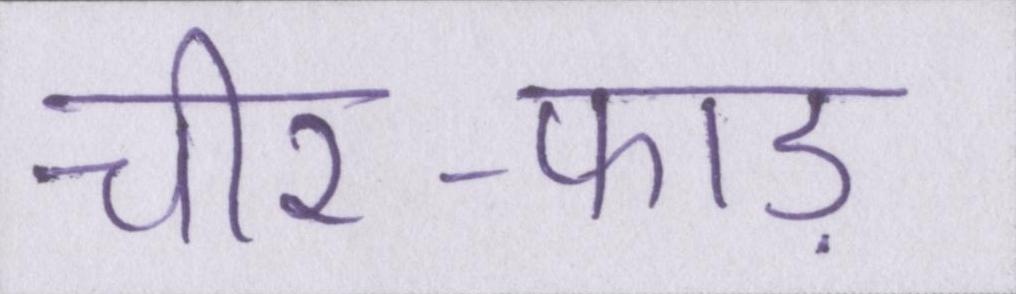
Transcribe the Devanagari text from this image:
चीर-फाड़